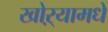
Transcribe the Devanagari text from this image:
खोऱ्यामधे